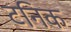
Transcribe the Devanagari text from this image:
टनिक